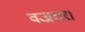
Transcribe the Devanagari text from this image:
वज्रधर।